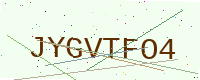
Text: JYGVTFO4